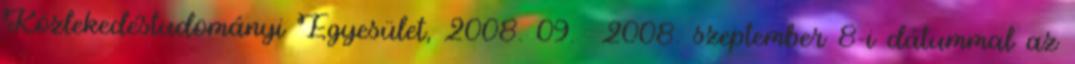
Közlekedéstudományi Egyesület, 2008. 09. 2008. szeptember 8-i dátummal az